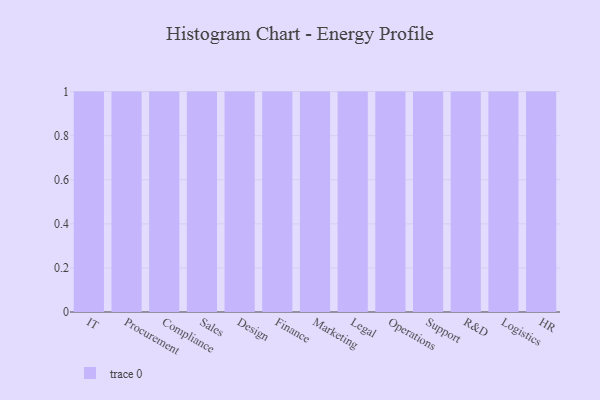
{"axis": {"x": "Department", "y": "Backlog"}, "legend": [""], "data": [{"x": "IT", "y": 94, "type": ""}, {"x": "Procurement", "y": 24, "type": ""}, {"x": "Compliance", "y": 27, "type": ""}, {"x": "Sales", "y": 40, "type": ""}, {"x": "Design", "y": 89, "type": ""}, {"x": "Finance", "y": 17, "type": ""}, {"x": "Marketing", "y": 12, "type": ""}, {"x": "Legal", "y": 73, "type": ""}, {"x": "Operations", "y": 64, "type": ""}, {"x": "Support", "y": 65, "type": ""}, {"x": "R&D", "y": 19, "type": ""}, {"x": "Logistics", "y": 97, "type": ""}, {"x": "HR", "y": 78, "type": ""}]}